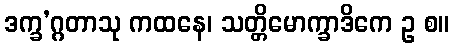
ဒက္ခ’ဂ္ဂတာသု ကထနေ၊ သတ္တိမောက္ခာဒိကေ ဥ စ။